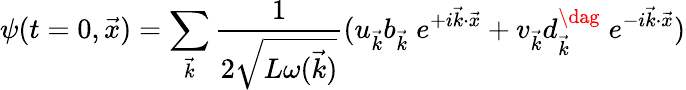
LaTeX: \psi(t=0,\vec{x})=\sum_{\vec{k}}{\frac{1}{2\sqrt{L\omega(\vec{k})}}}(u_{\vec{k}}b_{\vec{k}}\; e^{+i\vec{k}\cdot\vec{x}}+v_{\vec{k}}d_{\vec{k}}^{\dag}\; e^{-i\vec{k}\cdot\vec{x}})